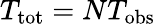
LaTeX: T_{\mathrm{tot}}=NT_{\mathrm{obs}}